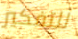
للتفكير